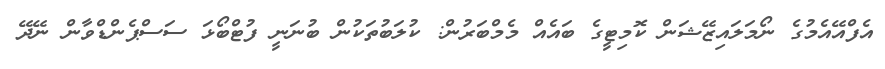
އެފްއޭއެމުގެ ނޯމަލައިޒޭޝަން ކޮމިޓީގެ ބައެއް މެމްބަރުން: ކުލަބުތަކުން ބުނަނީ ފުޓްބޯޅަ ސަސްޕެންޑްވާން ނޭދޭ